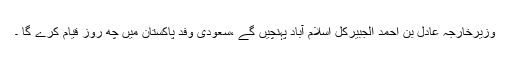
وزیرخارجہ عادل بن احمد الجبیرکل اسلام آباد پہنچیں گے ،سعودی وفد پاکستان میں چھ روز قیام کرے گا ۔